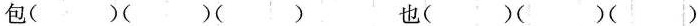
包（ ）（ ）（ ） 也（ ）（ ）（ ）